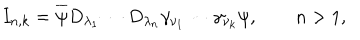
LaTeX: I _ { n , k } = \overline { { { \psi } } } D _ { \lambda _ { 1 } } \cdots D _ { \lambda _ { n } } \gamma _ { \nu _ { 1 } } \cdots \gamma _ { \nu _ { k } } \psi , \qquad n > 1 ,